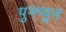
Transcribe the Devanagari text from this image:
पुनप्पुनं